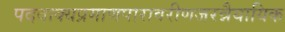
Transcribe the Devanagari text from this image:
पदवाक्यप्रमाणपारावरीणजरन्नैयायिक